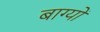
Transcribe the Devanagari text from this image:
बाग्यों